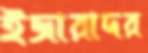
ইজারাদর